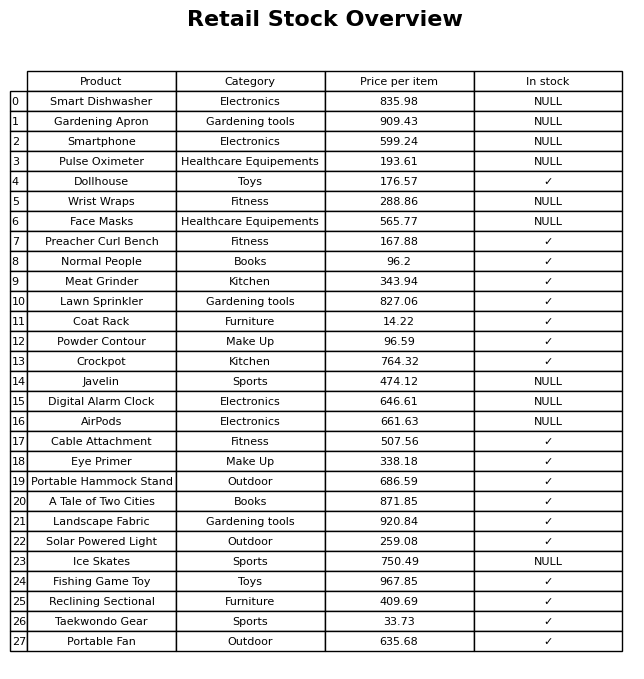
question: What is the price of the Preacher Curl Bench?
answer: The price of Preacher Curl Bench is 167.88.